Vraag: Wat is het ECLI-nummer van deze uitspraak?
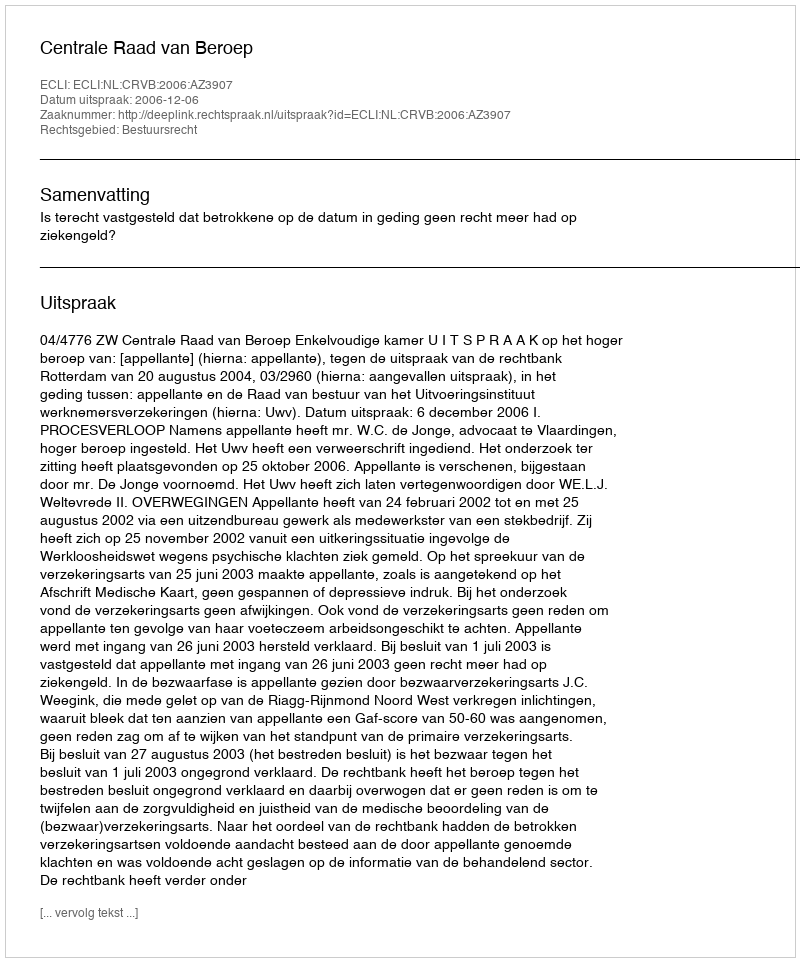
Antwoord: ECLI:NL:CRVB:2006:AZ3907